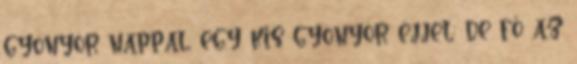
gyönyör nappal, egy kis gyönyör éjjel: de fő az